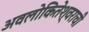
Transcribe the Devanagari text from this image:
अवलोकितेश्वराची